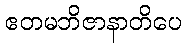
ဧတမဘိဇာနာတိပေ